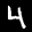
Label: 4